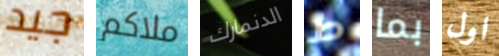
جيد ملاكم الدنمارك ط بما اول